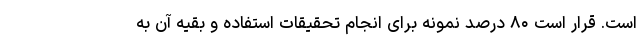
است. قرار است ۸۰ درصد نمونه برای انجام تحقیقات استفاده و بقیه آن به